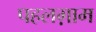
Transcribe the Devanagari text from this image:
पहलग़ाम